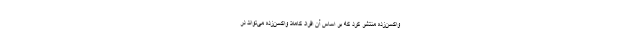
واکسن‌زده منتشر کرد که بر اساس آن افراد کاملا واکسن‌زده می‌تواند در